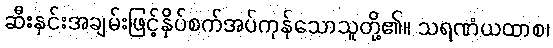
ဆီးနှင်းအချမ်းဖြင့်နှိပ်စက်အပ်ကုန်သောသူတို့၏။ သရဏံယထာစ၊